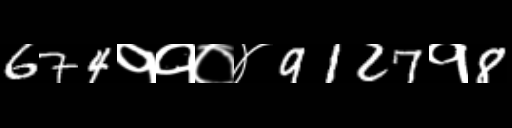
Text: 674११०४9127१8